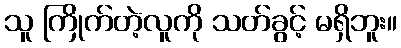
သူ ကြိုက်တဲ့လူကို သတ်ခွင့် မရှိဘူး။